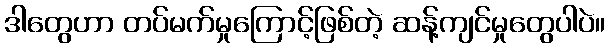
ဒါတွေဟာ တပ်မက်မှုကြောင့်ဖြစ်တဲ့ ဆန့်ကျင်မှုတွေပါပဲ။